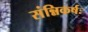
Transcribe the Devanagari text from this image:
संन्निकर्षः